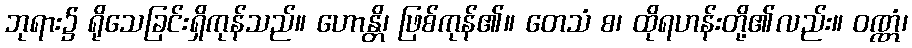
ဘုရား၌ ရိုသေခြင်းရှိကုန်သည်။ ဟောန္တိ၊ ဖြစ်ကုန်၏။ တေသံ စ၊ ထိုရဟန်းတို့၏လည်း။ ဝဏ္ဏံ၊